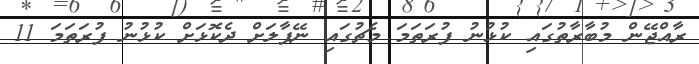
ރާއްޖޭން މުބާރާތުގައި ކުޅުނު ފުރަތަމަ މެޗުގައި ނޭޕާލަށް ދެކޮޅަށް ކުޅުނު ފުރަތަމަ 11